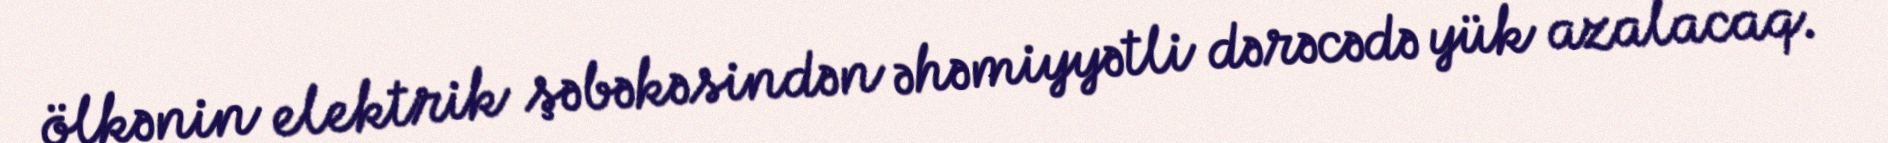
ölkənin elektrik şəbəkəsindən əhəmiyyətli dərəcədə yük azalacaq.